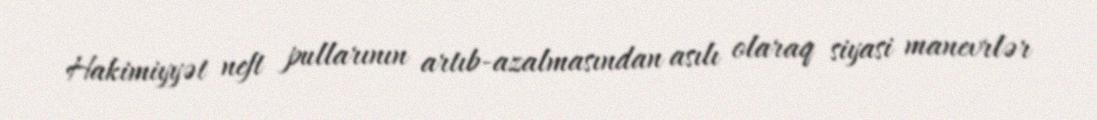
Hakimiyyət neft pullarının artıb-azalmasından asılı olaraq siyasi manevrlər